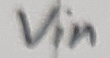
Text: Vin